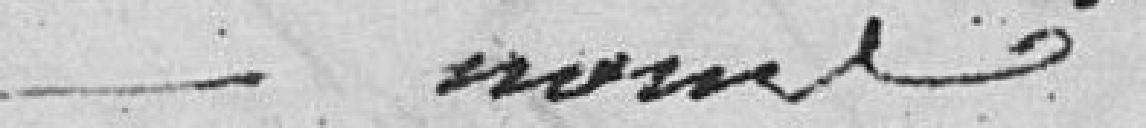
norme